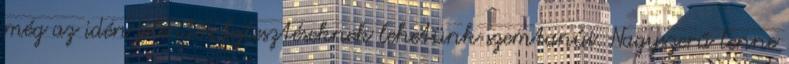
még az idén jelentős fejlesztéseknek lehetünk szemtanúi. Nagyszerű lenne